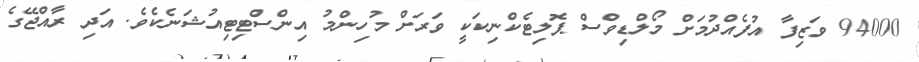
94000 ވަޒިފާ އުފެއްދުމަށް މޯލްޑިވްސް ޕޮލިޓެކްނިކަކީ ވަރަށް މުހިންމު އިންސްޓިޓިއުޝަނެކެވެ. އަދި ރާއްޖޭގެ